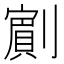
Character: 𭄗